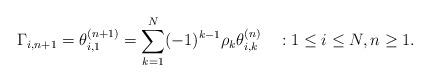
LaTeX: \begin{align*}\Gamma_{i,n+1}=\theta^{(n+1)}_{i,1} = \sum_{k=1}^N (-1)^{k-1} \rho_k \theta^{(n)}_{i,k} ~~~ : 1 \le i \le N, n \ge 1.\end{align*}